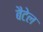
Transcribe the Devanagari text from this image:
बैटेल